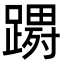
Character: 𮜔